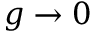
g \rightarrow 0